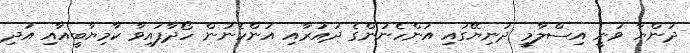
ދުންޔާ ވަނީ އިސްލާމީ ދުނިޔޭގައި އަންހެނުންގެ ދައުރާއި އަންހެނުން ހޯދާފައިވާ ކާމިޔާބީއާއި އަދި